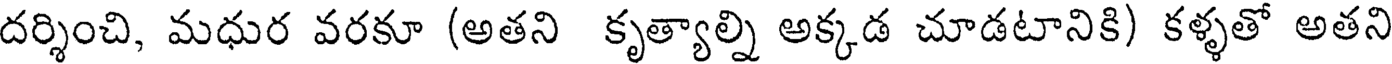
దర్శించి, మధుర వరకూ (అతని కృత్యాల్ని అక్కడ చూడటానికి) కళ్ళతో అతని